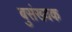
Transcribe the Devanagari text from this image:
बुसंख्यक